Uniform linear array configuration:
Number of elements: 8
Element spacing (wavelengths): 1
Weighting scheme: kaiser
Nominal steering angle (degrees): -60
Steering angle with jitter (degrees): -59.675
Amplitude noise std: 0.05
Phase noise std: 0.05

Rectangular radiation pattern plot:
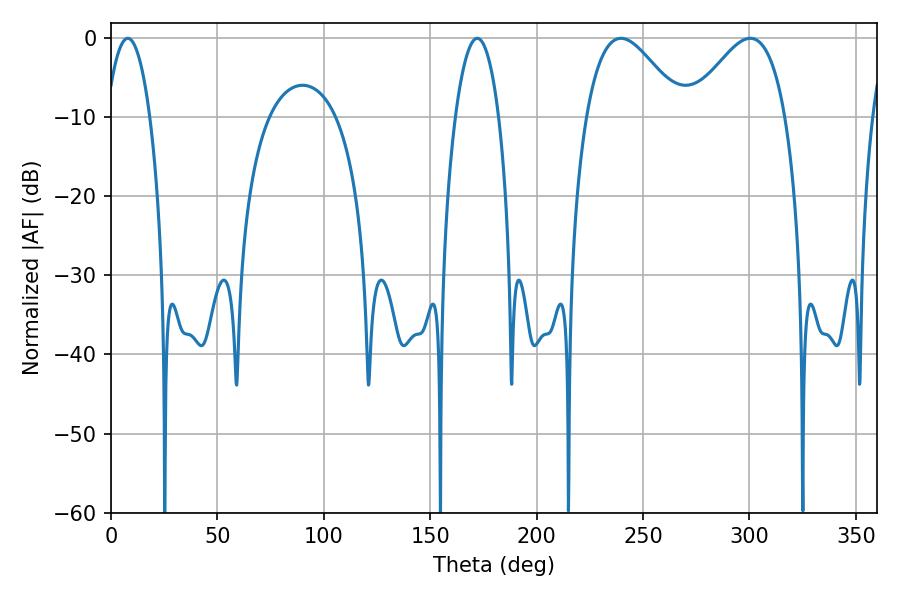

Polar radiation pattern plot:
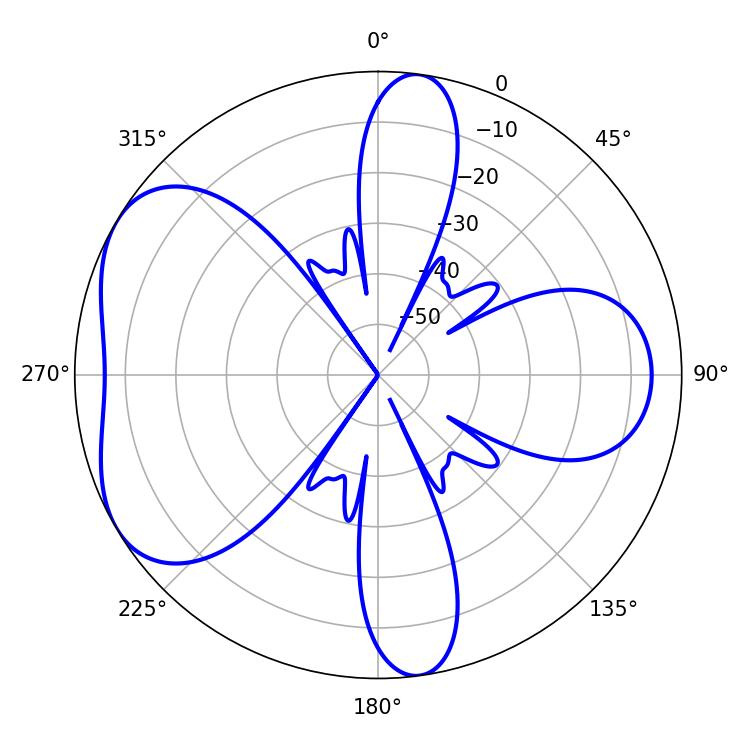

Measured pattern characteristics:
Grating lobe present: TRUE
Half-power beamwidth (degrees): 24.12
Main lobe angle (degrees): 239.58